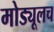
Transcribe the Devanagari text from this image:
मोड्यूलच